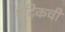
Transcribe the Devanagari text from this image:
मॅटिकची